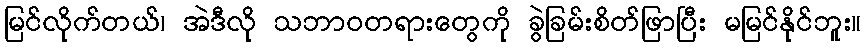
မြင်လိုက်တယ်၊ အဲဒီလို သဘာဝတရားတွေကို ခွဲခြမ်းစိတ်ဖြာပြီး မမြင်နိုင်ဘူး။